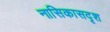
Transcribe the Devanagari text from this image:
नासिकासदृश